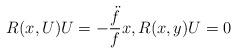
LaTeX: \begin{align*} R(x, U)U = -\frac{\ddot{f}}{f}x, R(x,y)U = 0\end{align*}